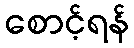
စောင့်ရန်